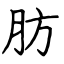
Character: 肪